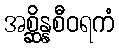
အစ္ဆိန္နစီဝရကံ